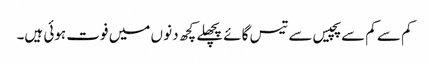
کم سے کم سے پچیس سے تیس گائے پچھلے کچھ دنو ں میں فوت ہوئی ہیں۔